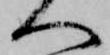
へ